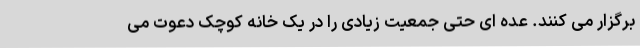
برگزار می کنند. عده ای حتی جمعیت زیادی را در یک خانه کوچک دعوت می